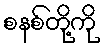
စနစ်တို့ကို